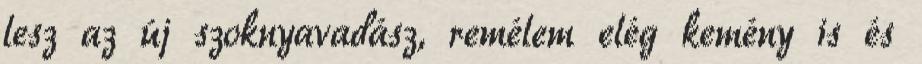
lesz az új szoknyavadász, remélem elég kemény is és